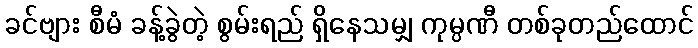
ခင်ဗျား စီမံ ခန့်ခွဲတဲ့ စွမ်းရည် ရှိနေသမျှ ကုမ္ပဏီ တစ်ခုတည်ထောင်